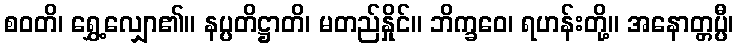
စဝတိ၊ ရွှေ့လျှော၏။ နပ္ပတိဋ္ဌာတိ၊ မတည်နှိုင်။ ဘိက္ခဝေ၊ ရဟန်းတို့။ အနောတ္တပ္ပီ၊